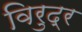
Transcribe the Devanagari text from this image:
विरुद्र